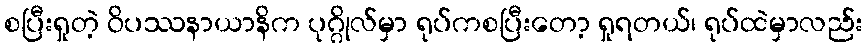
စပြီးရှုတဲ့ ဝိပဿနာယာနိက ပုဂ္ဂိုလ်မှာ ရုပ်ကစပြီးတော့ ရှုရတယ်၊ ရုပ်ထဲမှာလည်း